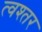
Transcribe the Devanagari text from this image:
त्वश्तर